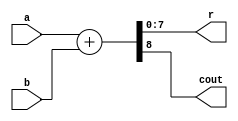
`timescale 1ns / 1ps
module ADD_8(
	input [7:0] a,b,
	output [7:0] r,
	output cout
    );
	
assign {cout,r} = a + b;
endmodule